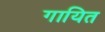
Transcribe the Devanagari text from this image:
गायित